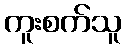
ကူးစက်သူ